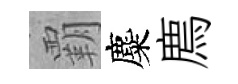
覇麋廌